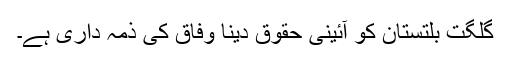
گلگت بلتستان کو آئینی حقوق دینا وفاق کی ذمہ داری ہے۔